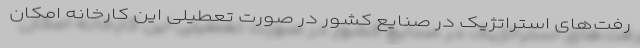
رفت‌های استراتژیک در صنایع کشور در صورت تعطیلی این کارخانه امکان